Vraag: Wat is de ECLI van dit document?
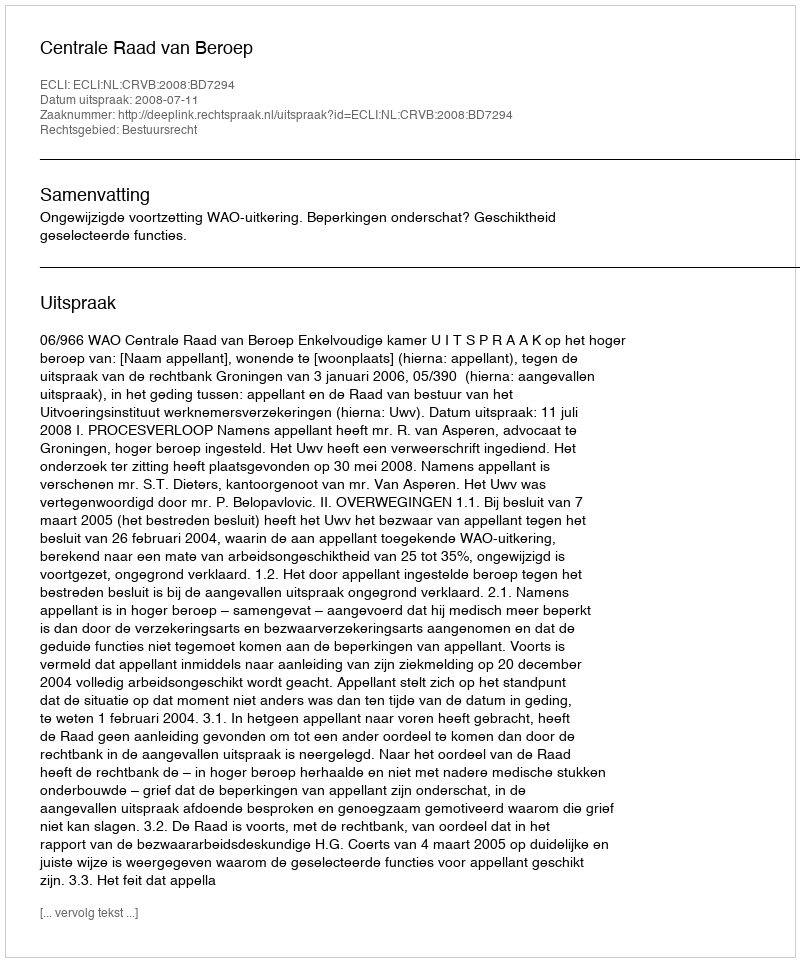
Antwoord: ECLI:NL:CRVB:2008:BD7294